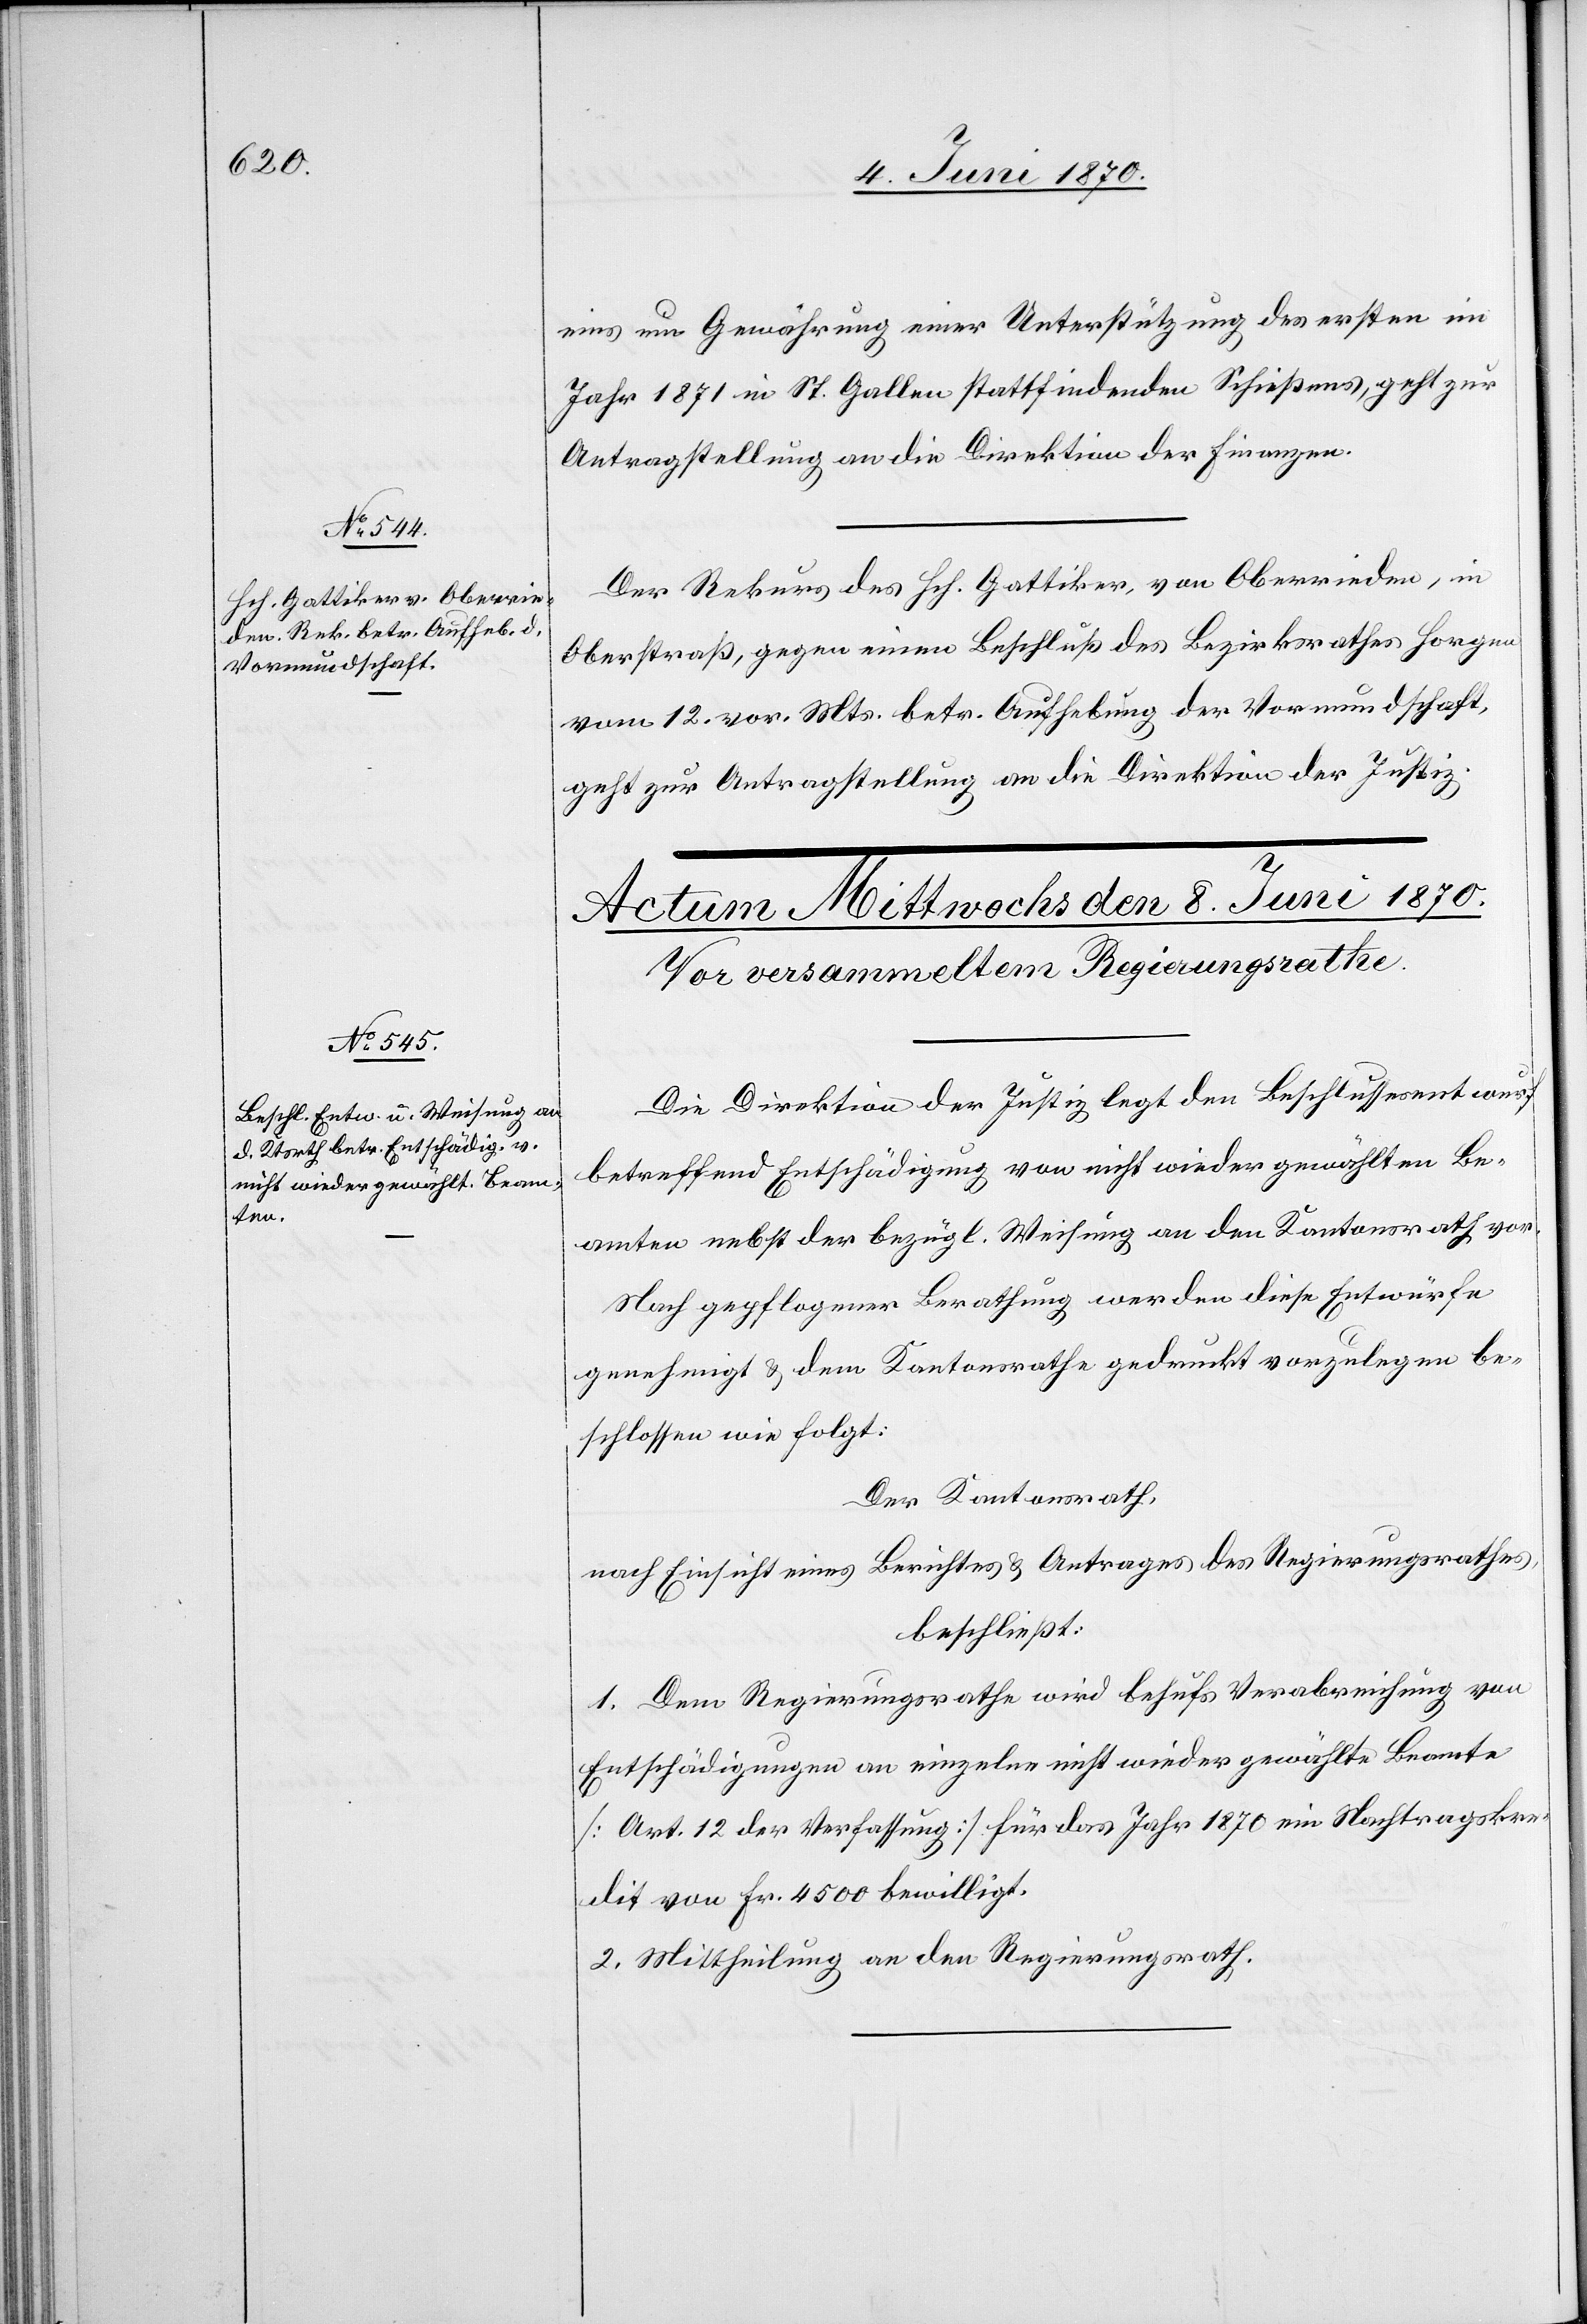
7. Juni 1870.]
eins um Gewährung einer Unterstützung des ersten im
Jahr 1871 in St. Gallen stattfindenden Schießens, geht zur
Antragstellung an die Direktion der Finanzen.
Der Rekurs des Hch. Gattiker, von Oberrieden, in
Oberstraß, gegen einen Beschluß des Bezirksrathes Horgen
vom 12. vor. Mts. betr. Aufhebung der Vormundschaft,
geht zur Antragstellung an die Direktion der Justiz.
Die Direktion der Justiz legt den Beschlussesentwurf
betreffend Entschädigung von nicht wieder gewählten Be¬
amten nebst der bezügl. Weisung an den Kantonsrath vor.
Nach gepflogener Berathung werden diese Entwürfe
genehmigt & dem Kantonsrathe gedruckt vorzulegen be¬
schlossen wie folgt:
Der Kantonsrath,
nach Einsicht eines Berichtes & Antrages des Regierungsrathes,
beschließt:
1. Dem Regierungsrathe wird behufs Verabreichung von
Entschädigungen an einzelne nicht wieder gewählte Beamte
[Art. 12 der Verfassung] für das Jahr 1870 ein Nachtragskre¬
dit von Fr. 4500 bewilligt.
2. Mittheilung an den Regierungsrath.